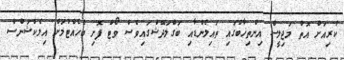
ކުރިއަށް އޮތް މަޖިލީސް އިންތިޚާބުގައި ތައިލެންޑާއި ބަގްލަދޭޝްގައިވެސް ވޯޓް ފޮށި ބެހެއްޓުމަށް އިލެކްޝަންސް